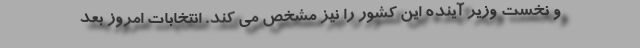
و نخست وزیر آینده این کشور را نیز مشخص می کند. انتخابات امروز بعد